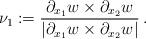
LaTeX: \begin{align*}\nu_1 := \frac{\partial_{x_1} w \times \partial_{x_2} w}{|\partial_{x_1} w \times \partial_{x_2} w|}\, . \end{align*}